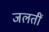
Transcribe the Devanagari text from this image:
जलतीं